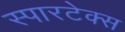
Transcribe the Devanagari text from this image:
स्पारटेक्स